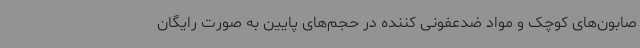
صابون‌های کوچک و مواد ضدعفونی کننده در حجم‌های پایین به صورت رایگان